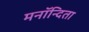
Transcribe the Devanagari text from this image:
मनॉन्दिता